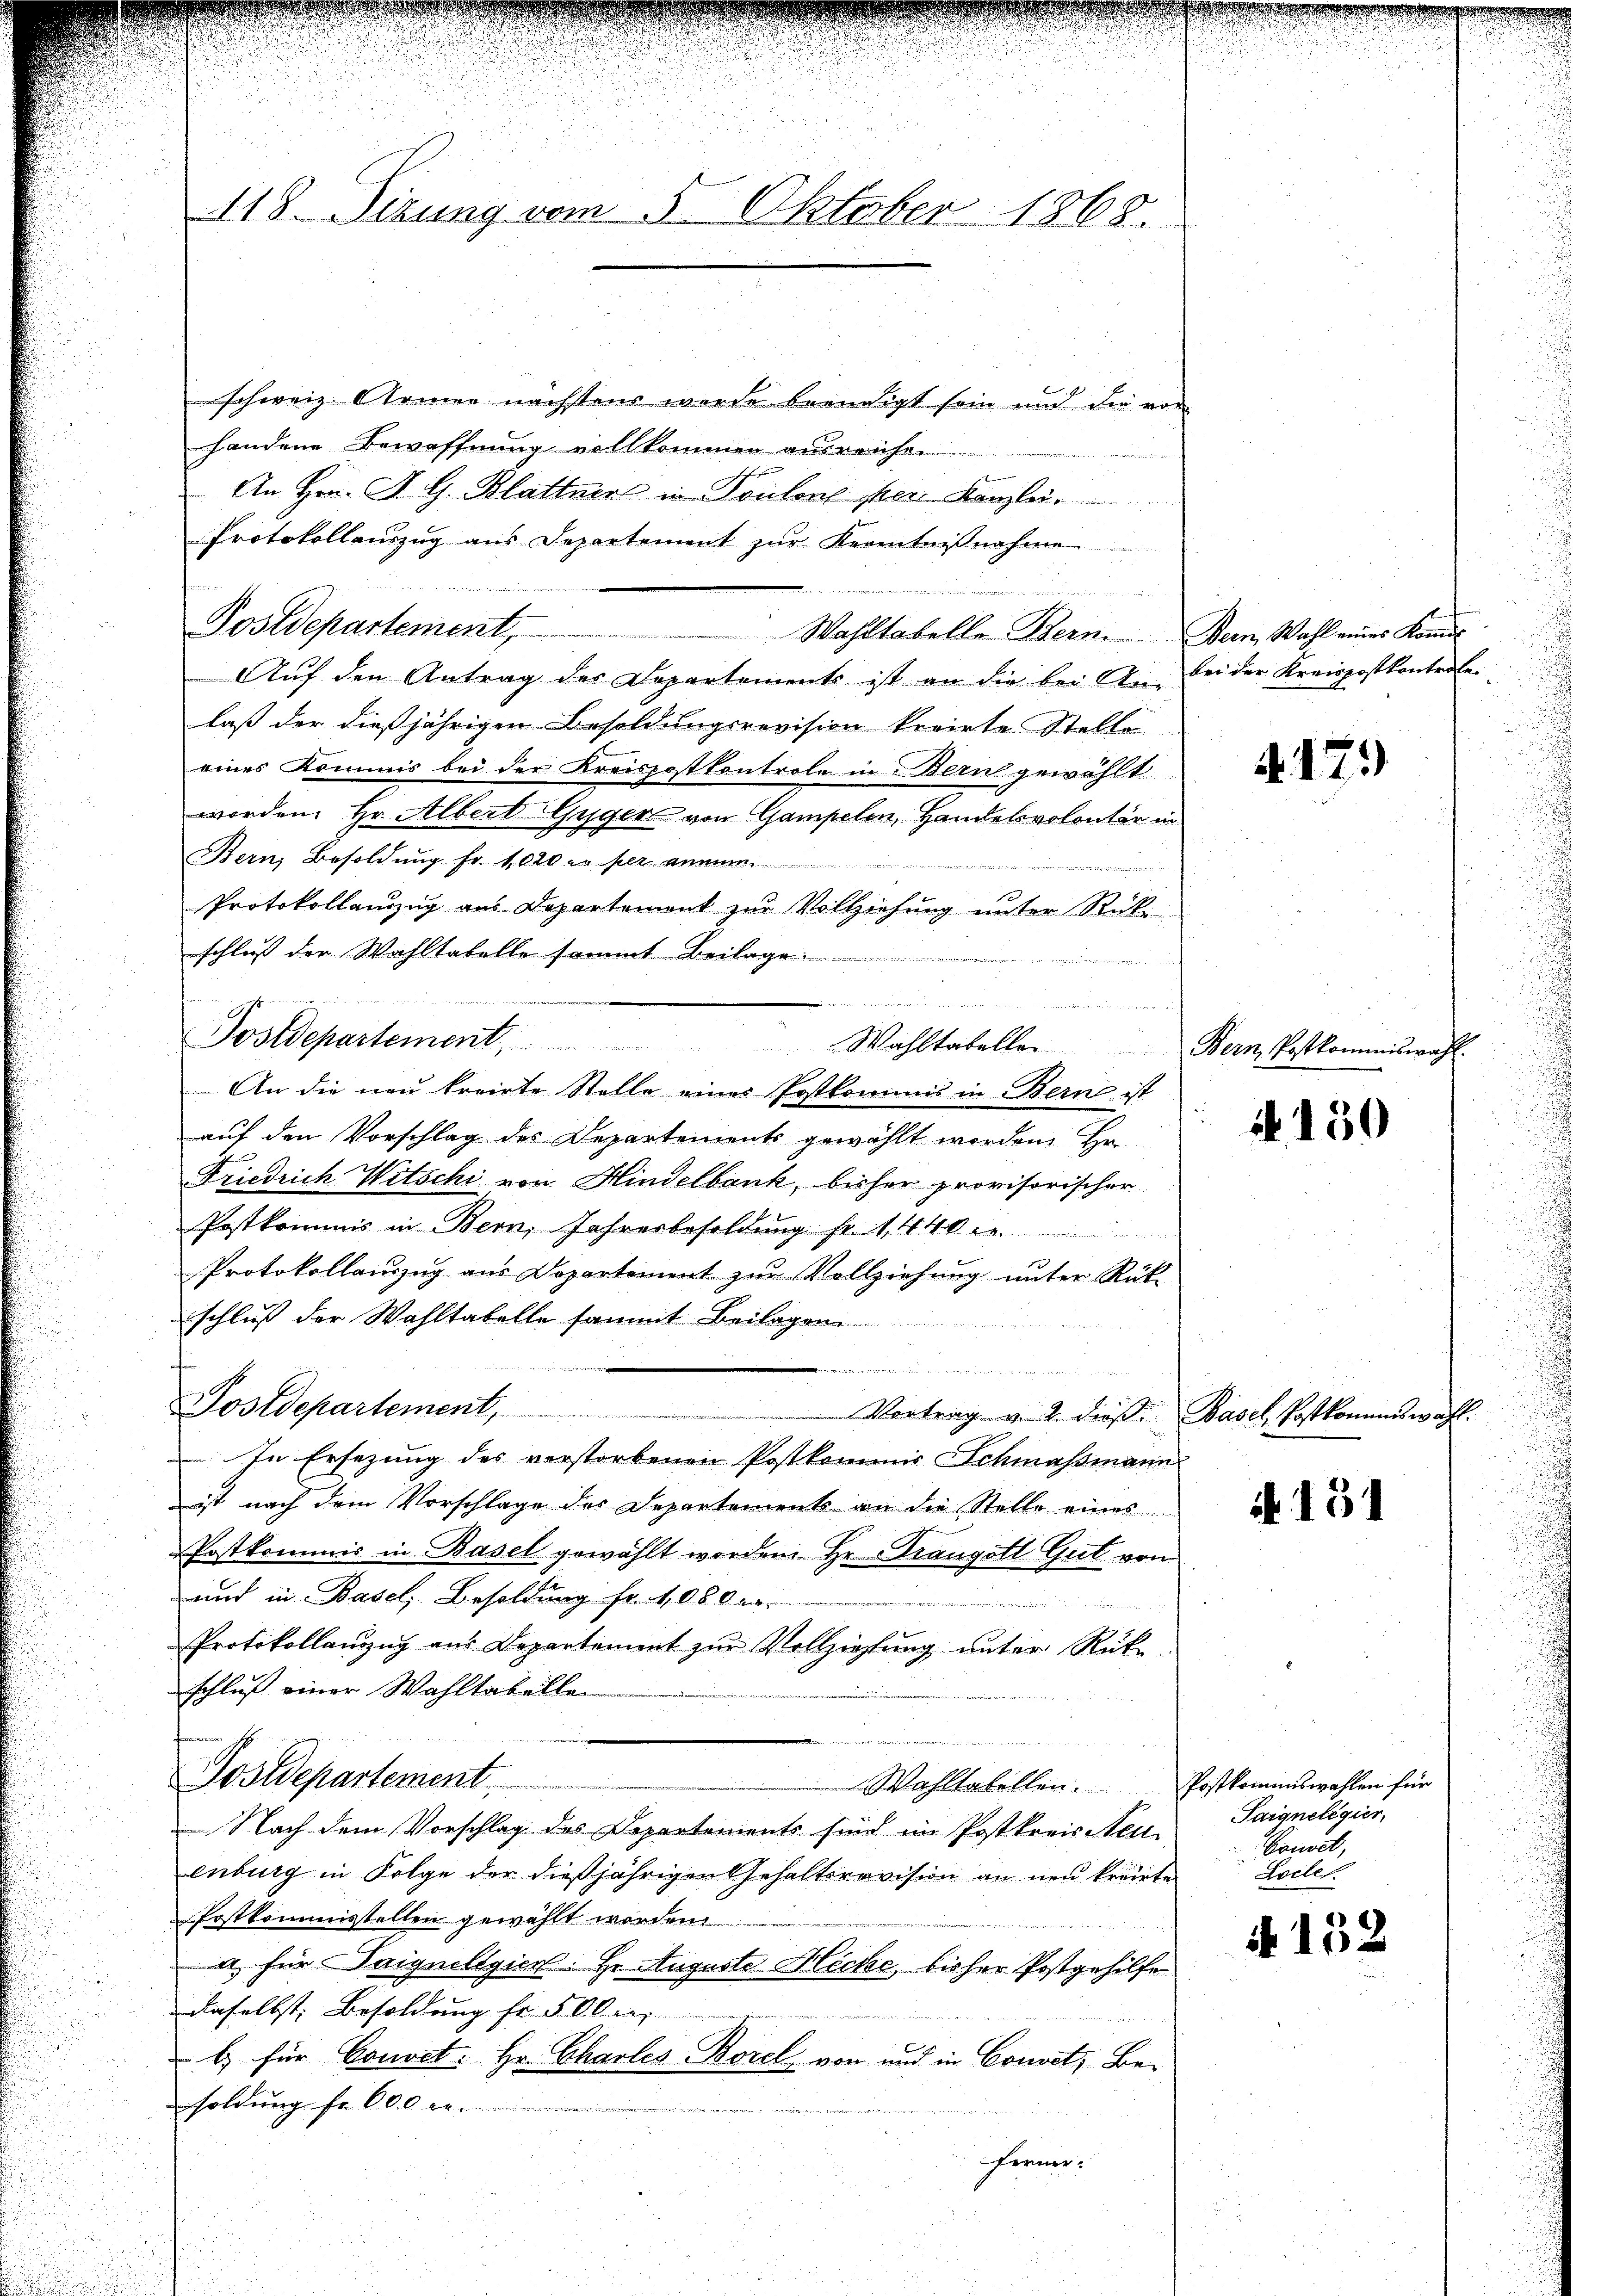
schweiz. Armen nächstens wurde beendigt sein und die von
handene Bewaffnung vollkommen ausreichen
An Hrn. A. G. Blattner in Toulon per Kanzlei
Auf den Antrag der Departements ist an die bei Anlaß der dießjährigen Besoldungsrevision kreiste Stelle
eines Kommis bei der Kreispostkontrole in Bern gewählt
worden. Hr. Albert Gyger von Gampelen, Handelvolontär in
Bern, Besoldung fr. 1000 er per annue
Protokollauszug aus Departement zur Vollziehung unter Rückschluß der Wahltatelle sammt Beilage
247
ement der in den
auf den Vorschlag des Departements gewählt worden. Hr.
Friedrich Witschi von Hindelbank, bisher provisorischer
Postkommis in Bern, Jahresbesoldung fr. 1440
Protokollauszug aus Departement zur Vollziehung unter Rükschluß der Wohltabelle sammt Beilagen.
n
Postdepartement,
Vortrag u. 2. dieß. Basel, Postkommiswahl.
In Ersezung des verstorbenen Postkommis Schmassmann
ist nach dem Vorschlage des Departements an die Stelle eines
Postkommis in Basel gewählt worden Hr. Trangott Gut von
und in Basel, Besoldung fr. 4 080 ver
Protokollanzug aus Departament zur Vollziehung unter Rükschluß einer Wahltabellen
Postdepartement
Wahltabellen. Postkommiswahlen für
Nach dem Vorschlag des Departements sind im Postkreis Neu-
enburg in Folge der dießjährigen Gehaltsrevision an neu kreiste
Postkommisstellen gewählt worden
a für Saigneligiert: Hr. Auguste Hecke, bisher Postgehilfe
daselbst, Besoldung fr. 5 klei
b) für Couvet. Hr. Charles-Borel von und in Convet, Be-
soldung fr. 600. r.
ferner:

simmen

B

118. Sizung vom 5. Oktober 1868.

Postdepartement,

gedie

Protokollauszug aus Departement zŭr Kenntnisnahme
denden und der
Wahltabelle Bern. Bern Wahl eines Kon

e
dnn das Gerichte, die die ich vernennungen eine
Postdepartement. Wahltatelle Bern, Postkommiswahl.
An die neŭ kreirte Stelle eines Postkommis in Bern ist

bei der Kreispostkontrole.

. 17.

N 150

A. 131

Saignelegier
Conoet,
Locles

A 152